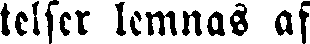
telser lemnas af